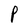
Character: P